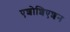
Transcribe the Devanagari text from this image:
एशोशिएशन